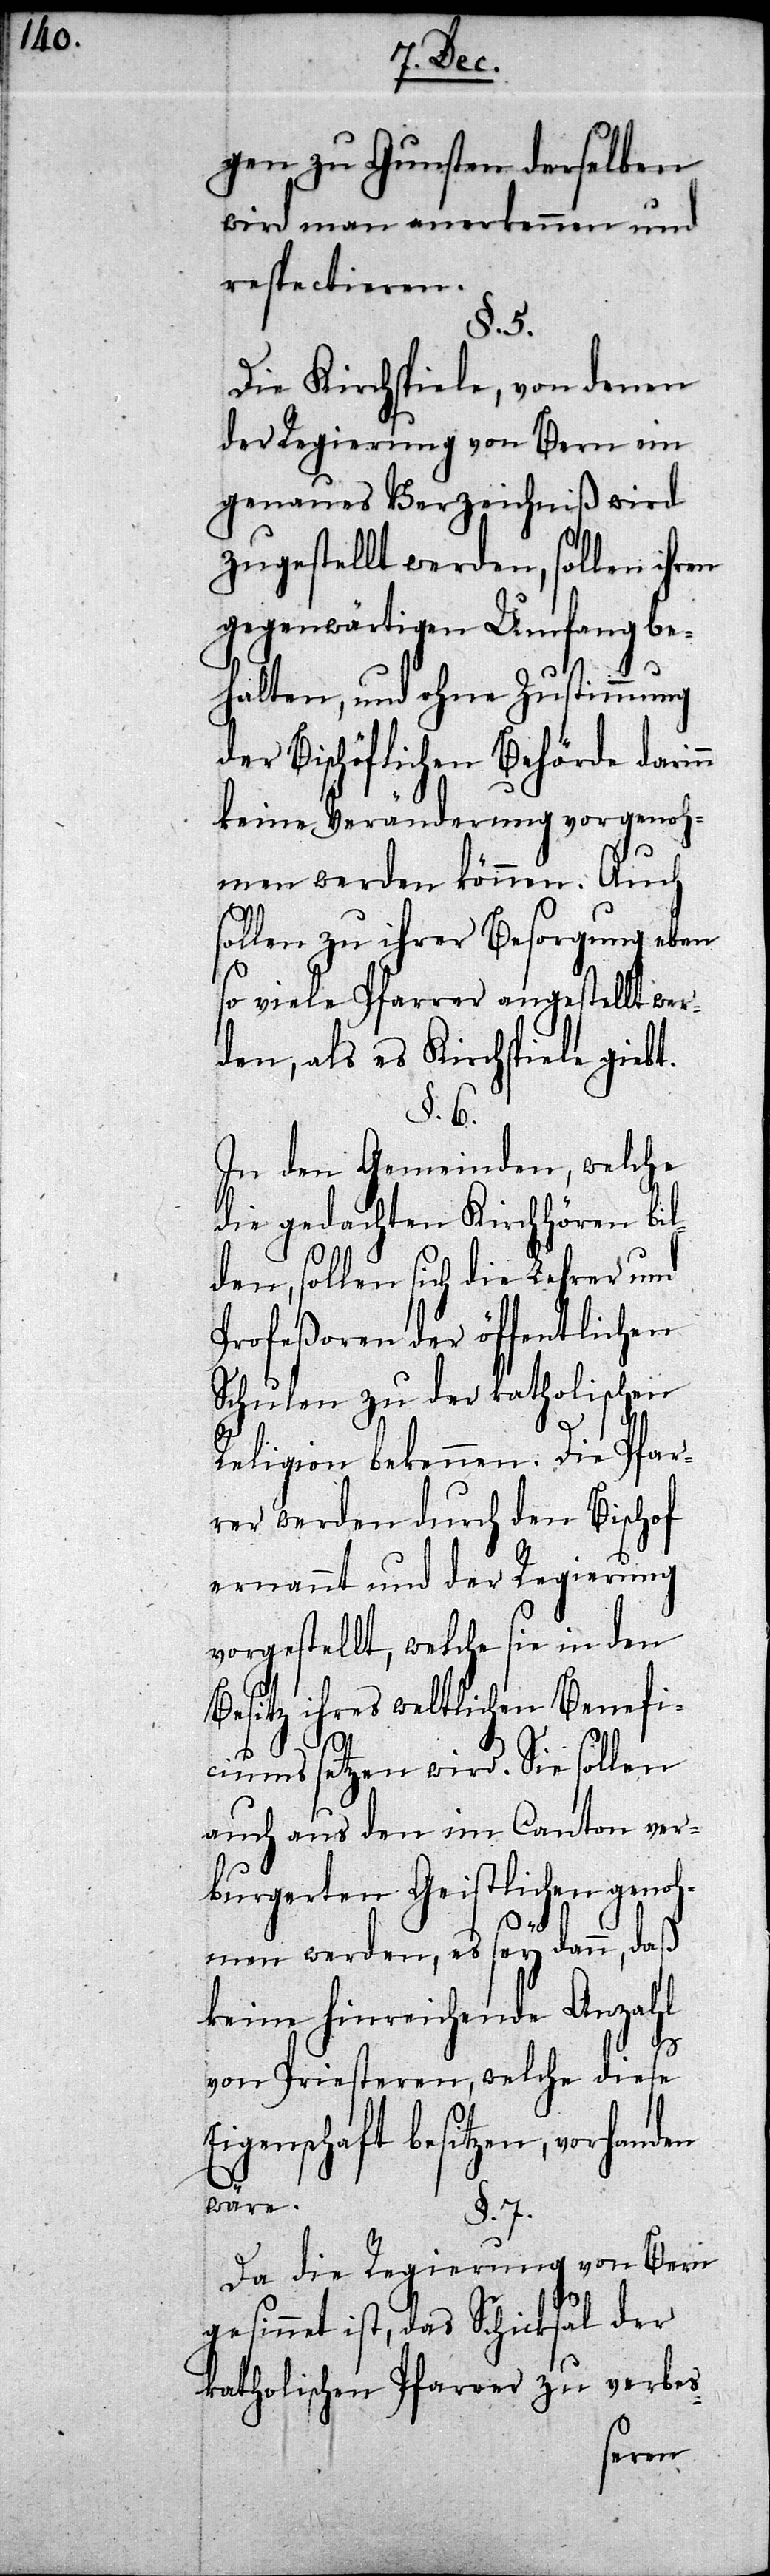
gen zu Gunsten derselben
wird man anerkennen und
respectieren.
§. 5.
Die Kirchspiele, von denen
der Regierung von Bern ein
genaues Verzeichniß wird
zugestellt werden, sollen ihren
gegenwärtigen Umfang be¬
halten, und ohne Zustimmung
der Bischöflichen Behörde darin¬
keine Veränderung vorgenoh¬
men werden können. Auch
sollen zu ihrer Besorgung eben
so viele Pfarrer angestellt wer¬
den, als es Kirchspiele giebt.
§. 6.
In den Gemeinden, welche
die gedachten Kirchhören bil¬
den, sollen die Lehrer und
Profeßoren der öffentlichen
Schulen zu der katholischen
Religion bekennen. Die Pfar¬
rer werden durch den Bischof
ernannt und der Regierung
vorgestellt, welche sie in den
Besitz ihres weltlichen Benefi¬
ciums setzen wird. Sie sollen
auch aus den im Canton ver¬
burgerten Geistlichen genoh¬
n
men werden, es sey denn, daß
keine hinreichende Anzahl
von Priesteren, welche diese
Eigenschaft besitzen, vorhanden
wäre.
§. 7.
Da die Regierung von Bern
gesinnet ist, das Schicksal der
katholischen Pfarrer zu verbes-